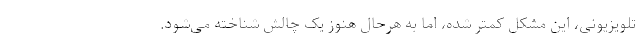
تلویزیونی، این مشکل کمتر شده، اما به هرحال هنوز یک چالش شناخته می‌شود.